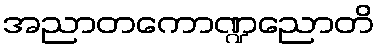
အညာတကောဏ္ဍညောတိ